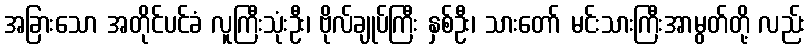
အခြားသော အတိုင်ပင်ခံ လူကြီးသုံးဦး၊ ဗိုလ်ချုပ်ကြီး နှစ်ဦး၊ သားတော် မင်းသားကြီးအာမွတ်တို့ လည်း